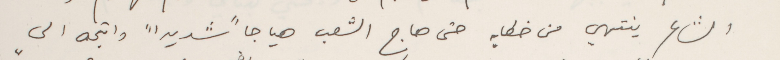
الشاعر ينتهي من خطابه حتى هاج الشعب هياجاً شديد" واتجه الى